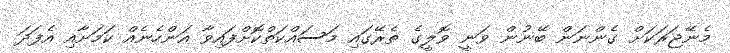
މެނޭޖަރަކަށް ގެންނަން ބޭނުން ވަނީ ވޮލީގެ ތެރޭގައި މަސައްކަތްކޮށްފައިވާ އަންހެނެއް ކަމަށާއި އެފަދަ